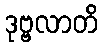
ဒုဗ္ဗလာတိ